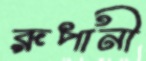
রূপানী